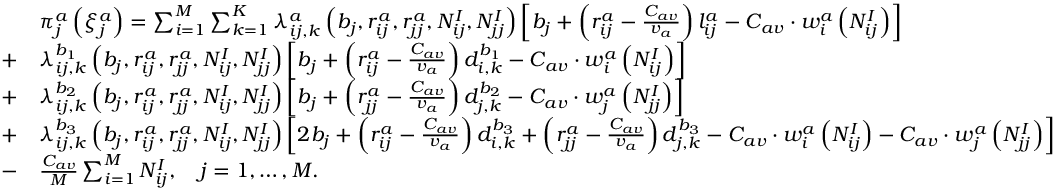
\begin{array} { r l } & { \pi _ { j } ^ { a } \left( \xi _ { j } ^ { a } \right) = \sum _ { i = 1 } ^ { M } \sum _ { k = 1 } ^ { K } \lambda _ { i j , k } ^ { a } \left( b _ { j } , r _ { i j } ^ { a } , r _ { j j } ^ { a } , N _ { i j } ^ { I } , N _ { j j } ^ { I } \right) \left[ b _ { j } + \left( r _ { i j } ^ { a } - \frac { C _ { a v } } { v _ { a } } \right) l _ { i j } ^ { a } - C _ { a v } \cdot w _ { i } ^ { a } \left( N _ { i j } ^ { I } \right) \right] } \\ { + } & { \lambda _ { i j , k } ^ { b _ { 1 } } \left( b _ { j } , r _ { i j } ^ { a } , r _ { j j } ^ { a } , N _ { i j } ^ { I } , N _ { j j } ^ { I } \right) \left[ b _ { j } + \left( r _ { i j } ^ { a } - \frac { C _ { a v } } { v _ { a } } \right) d _ { i , k } ^ { b _ { 1 } } - C _ { a v } \cdot w _ { i } ^ { a } \left( N _ { i j } ^ { I } \right) \right] } \\ { + } & { \lambda _ { i j , k } ^ { b _ { 2 } } \left( b _ { j } , r _ { i j } ^ { a } , r _ { j j } ^ { a } , N _ { i j } ^ { I } , N _ { j j } ^ { I } \right) \left[ b _ { j } + \left( r _ { j j } ^ { a } - \frac { C _ { a v } } { v _ { a } } \right) d _ { j , k } ^ { b _ { 2 } } - C _ { a v } \cdot w _ { j } ^ { a } \left( N _ { j j } ^ { I } \right) \right] } \\ { + } & { \lambda _ { i j , k } ^ { b _ { 3 } } \left( b _ { j } , r _ { i j } ^ { a } , r _ { j j } ^ { a } , N _ { i j } ^ { I } , N _ { j j } ^ { I } \right) \left[ 2 b _ { j } + \left( r _ { i j } ^ { a } - \frac { C _ { a v } } { v _ { a } } \right) d _ { i , k } ^ { b _ { 3 } } + \left( r _ { j j } ^ { a } - \frac { C _ { a v } } { v _ { a } } \right) d _ { j , k } ^ { b _ { 3 } } - C _ { a v } \cdot w _ { i } ^ { a } \left( N _ { i j } ^ { I } \right) - C _ { a v } \cdot w _ { j } ^ { a } \left( N _ { j j } ^ { I } \right) \right] } \\ { - } & { \frac { C _ { a v } } { M } \sum _ { i = 1 } ^ { M } N _ { i j } ^ { I } , \quad j = 1 , \dots , M . } \end{array}